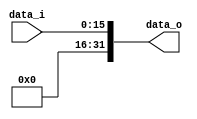
module Zero_Filled (
    data_i,
    data_o
);

  //I/O ports
  input [16-1:0] data_i;
  output [32-1:0] data_o;

  //Internal Signals
  reg [32-1:0] data_o;
  integer i;
  //Zero_Filled
  always@(data_i)
  begin
    data_o[15:0] <= data_i[15:0];
    for(i = 16 ; i < 32 ; i++)
    begin
      data_o[i] <= 0;
    end
  end

endmodule